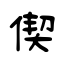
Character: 偰